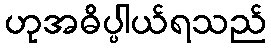
ဟုအဓိပ္ပါယ်ရသည်